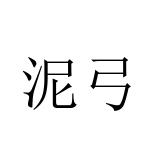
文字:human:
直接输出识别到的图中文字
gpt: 泥弓